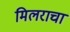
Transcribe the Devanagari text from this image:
मिलराचा